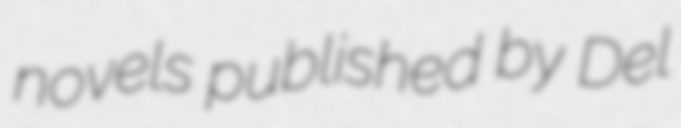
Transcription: novels published by Del